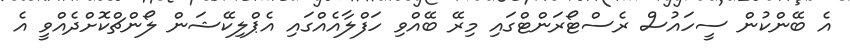
އެ ބޭންކުން ސީހައުސް ރެސްޓޯރަންޓްގައި މިރޭ ބޭއްވި ހަފްލާއެއްގައި އެޕްލިކޭޝަން ލޯންޗްކޮށްދެއްވީ އެ